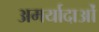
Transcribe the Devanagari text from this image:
अमर्यादाओं